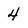
Character: 4